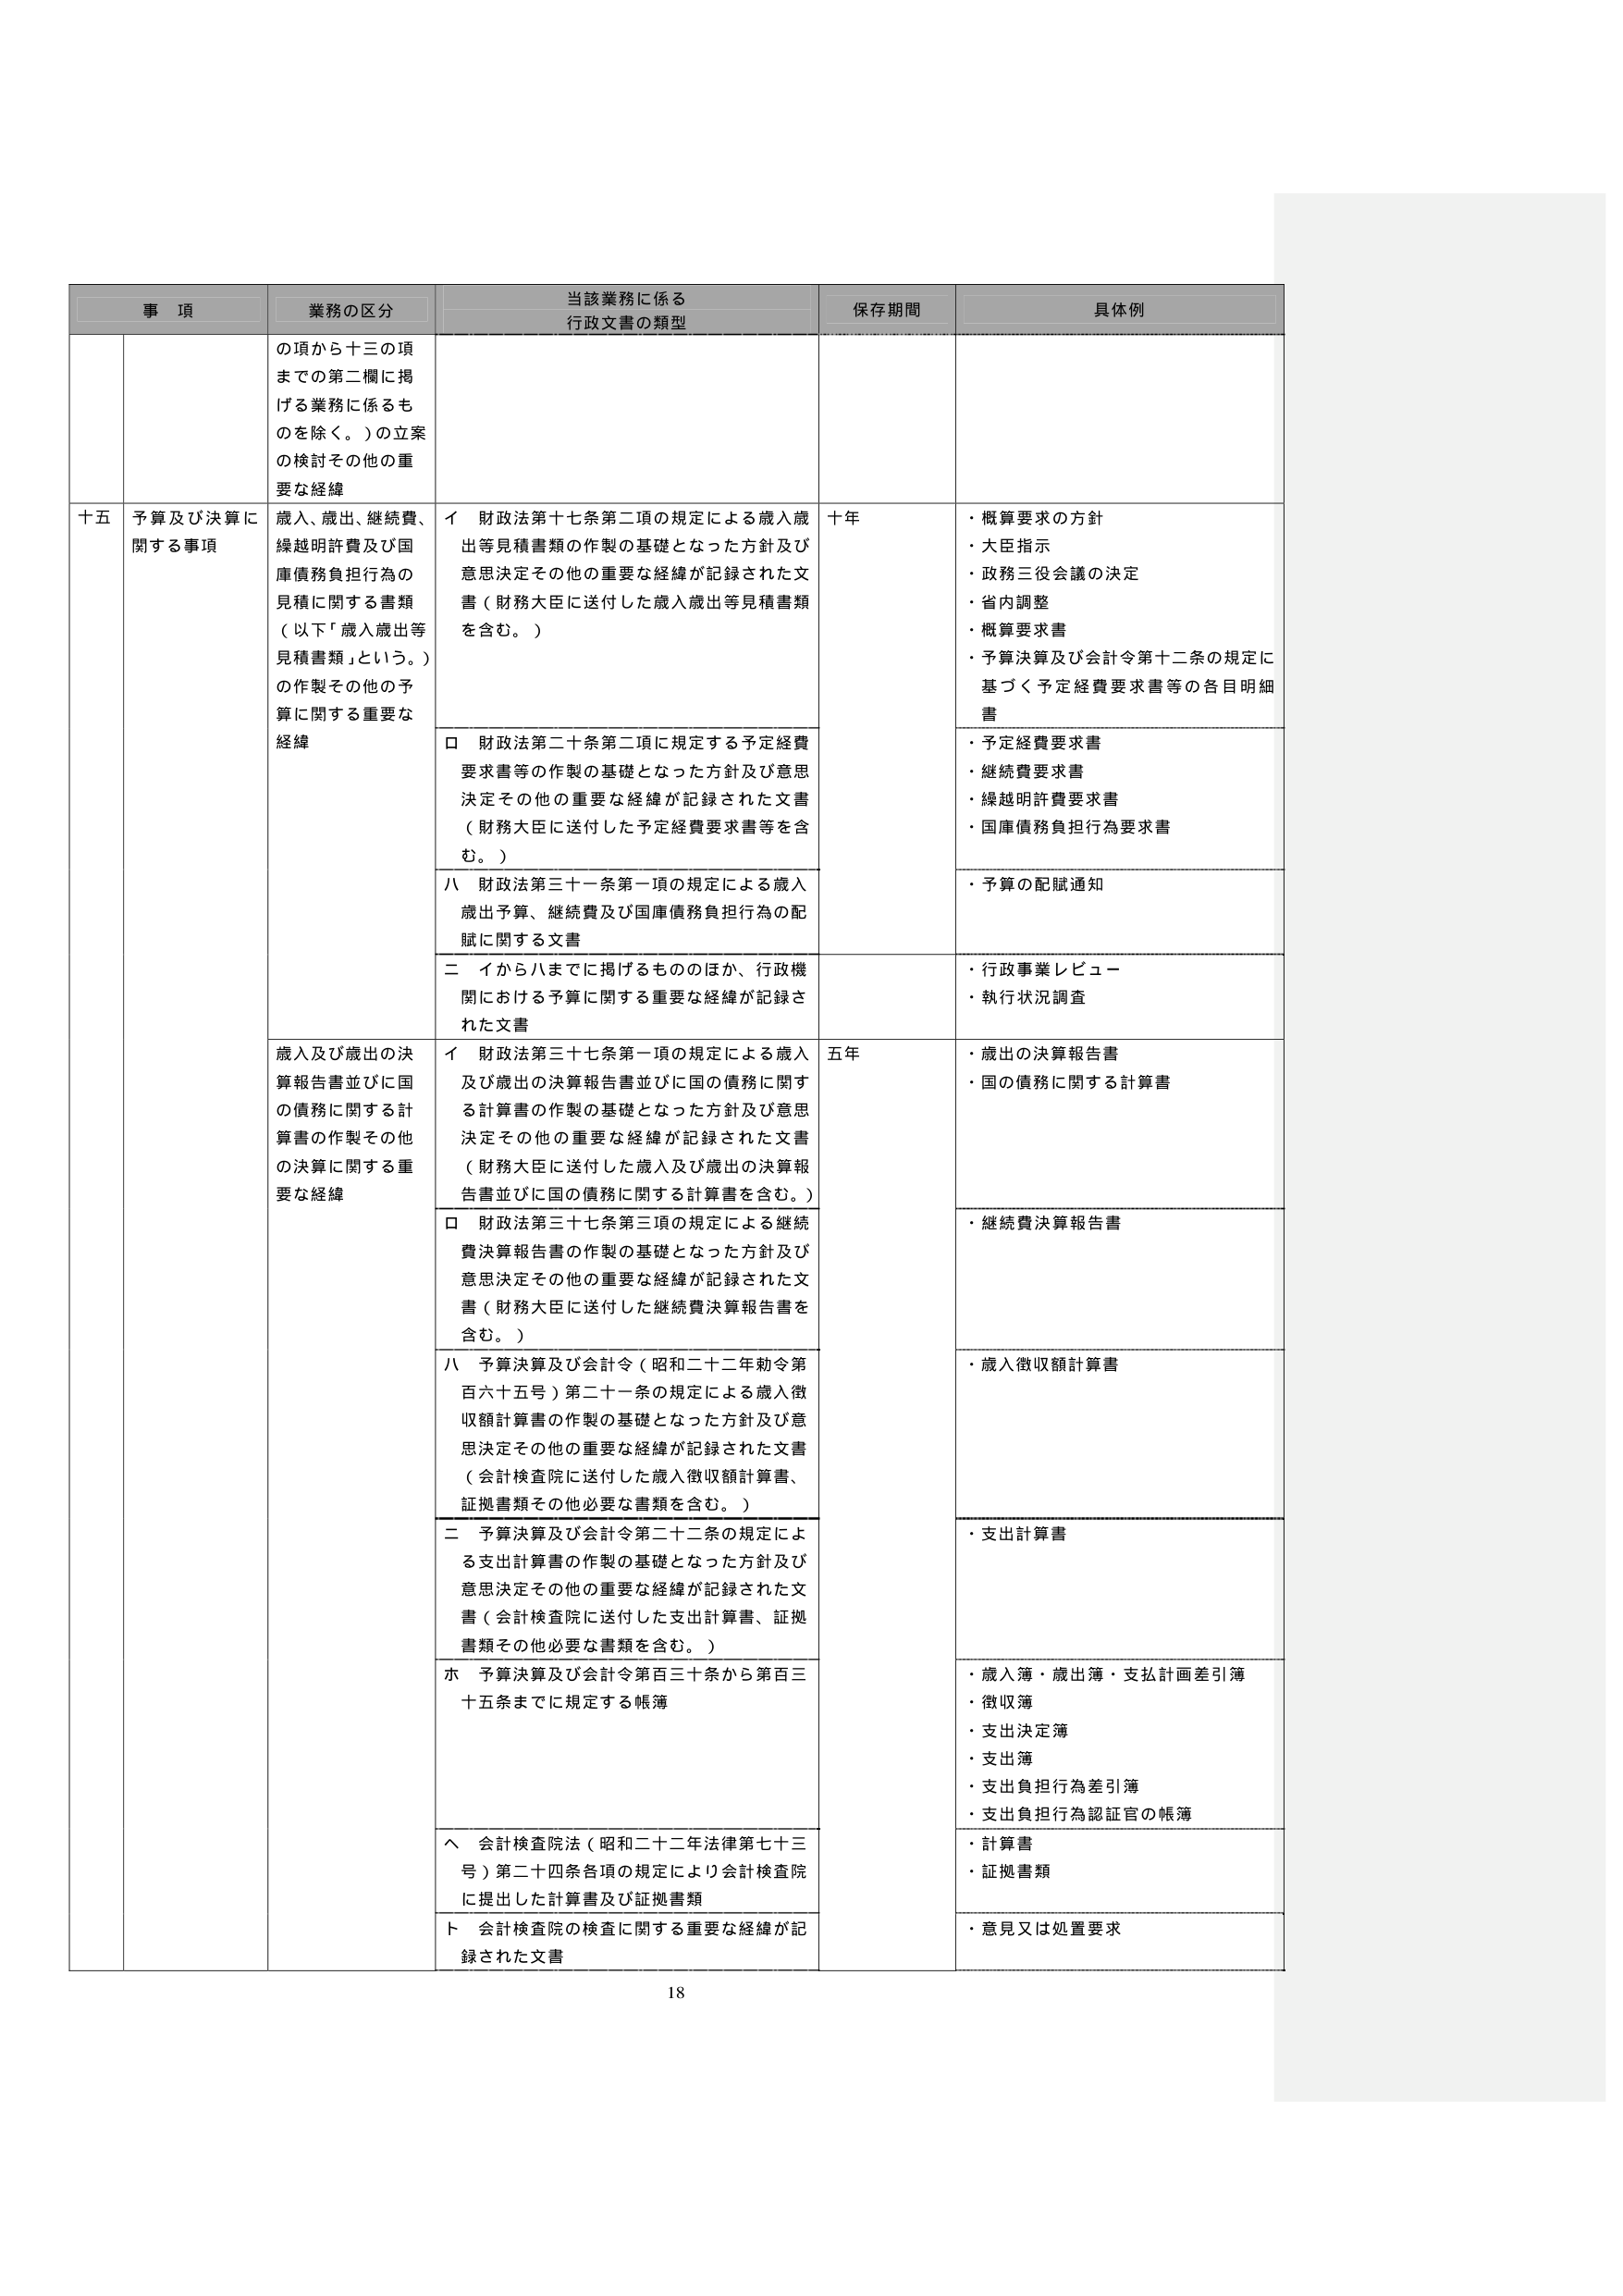
事 項 業務の区分 当該業務に係る 行政文書の類型 保存期間 具体例 の項から十三の項 までの第二欄に掲 げる業務に係るも のを除く。）の立案 の検討その他の重 要な経緯 十五 予算及び決算に 関する事項 歳入、歳出、継続費、 繰越明許費及び国 庫債務負担行為の 見積に関する書類 （以下「歳入歳出等 見積書類」という。） の作製その他の予 算に関する重要な 経緯 イ 財政法第十七条第二項の規定による歳入歳 出等見積書類の作製の基礎となった方針及び 意思決定その他の重要な経緯が記録された文 書（財務大臣に送付した歳入歳出等見積書類 を含む。） 十年 ・概算要求の方針 ・大臣指示 ・政務三役会議の決定 ・省内調整 ・概算要求書 ・予算決算及び会計令第十二条の規定に 基づく予定経費要求書等の各目明細 書 ロ 財政法第二十条第二項に規定する予定経費 要求書等の作製の基礎となった方針及び意思 決定その他の重要な経緯が記録された文書 （財務大臣に送付した予定経費要求書等を含 む。） ・予定経費要求書 ・継続費要求書 ・繰越明許費要求書 ・国庫債務負担行為要求書 ハ 財政法第三十一条第一項の規定による歳入 歳出予算、継続費及び国庫債務負担行為の配 賦に関する文書 ・予算の配賦通知 二 イからハまでに掲げるもののほか、行政機 関における予算に関する重要な経緯が記録さ れた文書 ・行政事業レビュー ・執行状況調査 歳入及び歳出の決 算報告書並びに国 の債務に関する計 算書の作製その他 の決算に関する重 要な経緯 イ 財政法第三十七条第一項の規定による歳入 及び歳出の決算報告書並びに国の債務に関す る計算書の作製の基礎となった方針及び意思 決定その他の重要な経緯が記録された文書 （財務大臣に送付した歳入及び歳出の決算報 告書並びに国の債務に関する計算書を含む。） 五年 ・歳出の決算報告書 ・国の債務に関する計算書 ロ 財政法第三十七条第三項の規定による継続 費決算報告書の作製の基礎となった方針及び 意思決定その他の重要な経緯が記録された文 書（財務大臣に送付した継続費決算報告書を 含む。） ・継続費決算報告書 ハ 予算決算及び会計令（昭和二十二年勅令第 百六十五号）第二十一条の規定による歳入徴 収額計算書の作製の基礎となった方針及び意 思決定その他の重要な経緯が記録された文書 （会計検査院に送付した歳入徴収額計算書、 証拠書類その他必要な書類を含む。） ・歳入徴収額計算書 二 予算決算及び会計令第二十二条の規定によ る支出計算書の作製の基礎となった方針及び 意思決定その他の重要な経緯が記録された文 書（会計検査院に送付した支出計算書、証拠 書類その他必要な書類を含む。） ・支出計算書 ホ 予算決算及び会計令第百三十条から第百三 十五条までに規定する帳簿 ・歳入簿・歳出簿・支払計画差引簿 ・徴収簿 ・支出決定簿 ・支出簿 ・支出負担行為差引簿 ・支出負担行為認証官の帳簿 ヘ 会計検査院法（昭和二十二年法律第七十三 号）第二十四条各項の規定により会計検査院 に提出した計算書及び証拠書類 ・計算書 ・証拠書類 ト 会計検査院の検査に関する重要な経緯が記 録された文書 ・意見又は処置要求 18